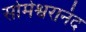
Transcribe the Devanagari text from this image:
सोमेश्वरानंद